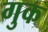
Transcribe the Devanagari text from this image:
गुक